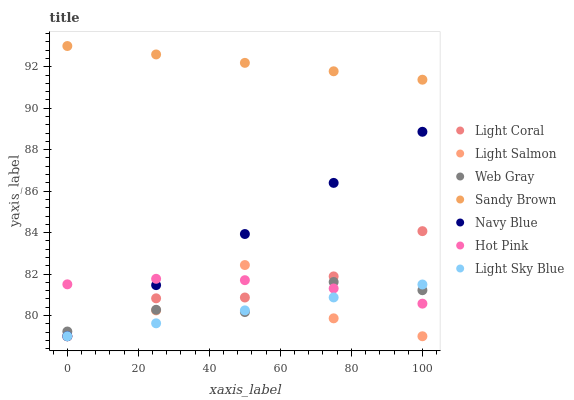
| xaxis_label | Light Coral | Light Salmon | Web Gray | Sandy Brown | Navy Blue | Hot Pink | Light Sky Blue |
 | --- | --- | --- | --- | --- | --- | --- | --- |
 | 0 | 79 | 79 | 79.2 | 93 | 79 | 81.5 | 79 |
 | 25 | 80.8 | 80.2 | 80.3 | 92.6 | 81.5 | 81.8 | 79.6 |
 | 50 | 80.9 | 82.4 | 80.2 | 92.2 | 83.9 | 81.7 | 80.2 |
 | 75 | 81.9 | 79.9 | 81.6 | 91.8 | 86.4 | 81.3 | 80.9 |
 | 100 | 84.1 | 79 | 81.2 | 91.4 | 88.9 | 80.6 | 81.5 |